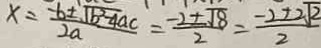
x = \frac { - b \pm \sqrt { b ^ { 2 } - 4 a c } } { 2 a } = \frac { - 2 \pm \sqrt { 8 } } { 2 } = \frac { - 2 \pm 2 \sqrt { 2 } } { 2 }